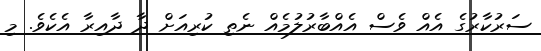
ސަރުކާރުގެ އެއް ވެސް އެއްބާރުލުމެއް ނެތި ކުރިއަށް ދާ ދާއިރާ އެކެވެ. މި